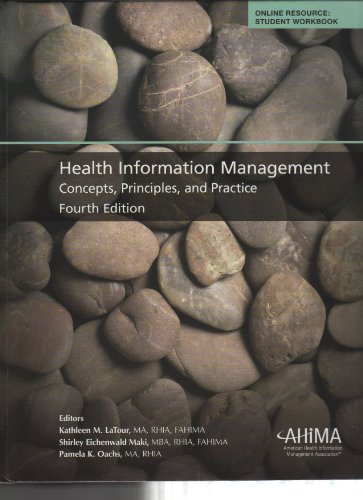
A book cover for Health Information Management Concepts, Principles, and Practice; MA, RHIA, FAHIMA Kathleen M. LaTour; Medical Books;